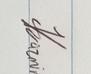
Signature authenticity: genuine